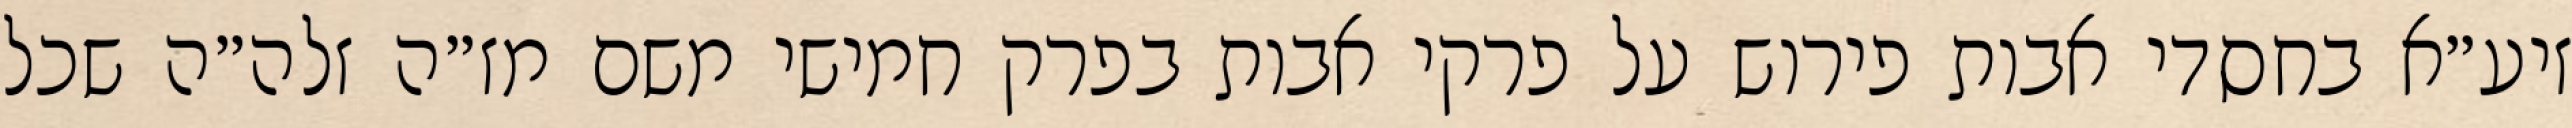
זיע״א בחסדי אבות פירוש על פרקי אבות בפרק חמישי משם מז״ה זלה״ה שכל